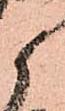
候